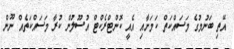
އޭތި ބަނުމުގެ މަސައްކަތް ކަމަށާއި އެއީ ކޮންޓްރެކްޓް އުސޫލުން ކުރާ މަސައްކަތެއް ނޫން